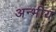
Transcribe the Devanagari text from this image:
अन्भीय